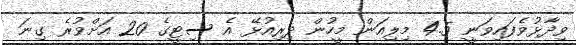
ވިދާޅުވެފައިވަނީ 4.5 މިލިއަން މީހުން ދިރިއުޅޭ އެ ސިޓީގެ 20 އަށްވުރެ ގިނަ